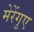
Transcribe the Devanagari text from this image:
मेरेंगुए